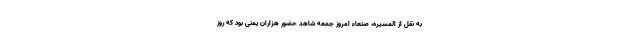
به نقل از المسیره، صنعاء امروز جمعه شاهد حضور هزاران یمنی بود که روز